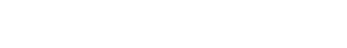
ဟုတ်လား၊ ဘာလို့ အဲဒီလို ပြောတာလဲ